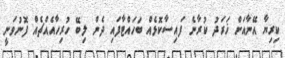
ކިރިޔާ އޭނާއަށް ޚަރަދު ކުރާނެ ފައިސާކޮޅެއް ބަހައްޓާފައި ދެން ލިބޭ ހުރިހާއެއްޗެއް ފޮނުވަނީ